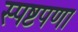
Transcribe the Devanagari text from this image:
स्पष्टपणा